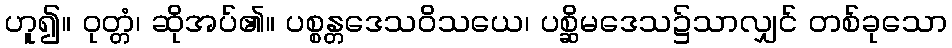
ဟူ၍။ ဝုတ္တံ၊ ဆိုအပ်၏။ ပစ္စန္တဒေသဝိသယေ၊ ပစ္ဆိမဒေသ၌သာလျှင် တစ်ခုသော